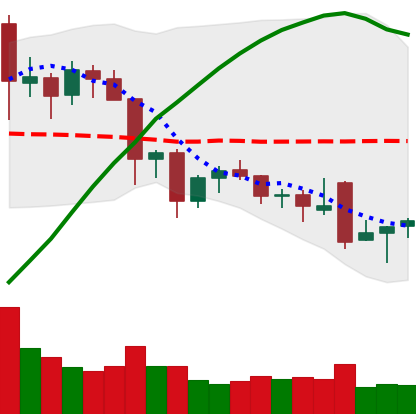
Ticker: NEO-USD
Chart end date: 2021-11-29
Forward return: -22.896%
Label: down_7plus